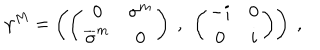
LaTeX: \gamma ^ { M } = \left( \left( \begin{matrix} { { 0 } } & { { \sigma ^ { m } } } \\ { { \overline { { { \sigma } } } ^ { m } } } & { { 0 } } \\ \end{matrix} \right) \ , \ \left( \begin{matrix} { { - i } } & { { 0 } } \\ { { 0 } } & { { i } } \\ \end{matrix} \right) \right) \ ,